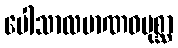
ပေါသာလမာဏဝပုစ္ဆာ